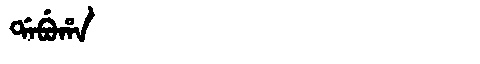
Manchu: ᡩᠠᠪᡠᡥᠠ
Romanization: DABUHA